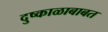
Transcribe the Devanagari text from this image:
दुष्काळाबाबत